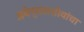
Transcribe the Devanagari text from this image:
अथेन्सवासीयांचा